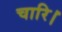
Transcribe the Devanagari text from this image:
चारि।